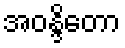
အဝန္ဒိတော